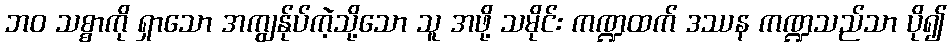
ဘဝ သစ္စာကို ရှာသော အကျွန်ုပ်ကဲ့သို့သော သူ အဖို့ သမိုင်း ကဏ္ဍထက် ဒဿန ကဏ္ဍသည်သာ ပို၍